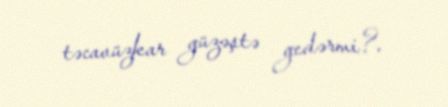
təcavüzkar güzəştə gedərmi?.